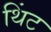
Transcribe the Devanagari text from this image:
थिंट